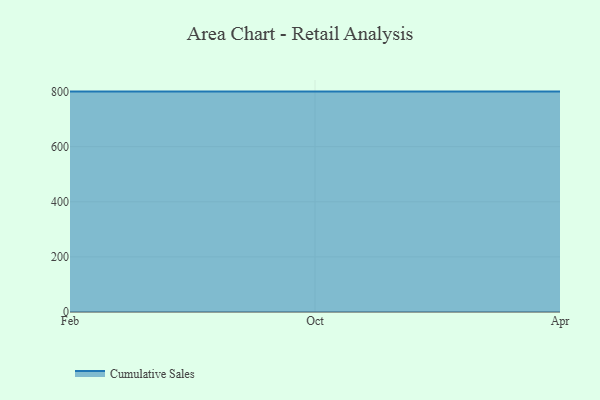
{"axis": {"x": "Month", "y": "Net Income (USD K)"}, "legend": ["Cumulative Sales"], "data": [{"x": "Feb", "y": 800, "type": "Cumulative Sales"}, {"x": "Oct", "y": 800, "type": "Cumulative Sales"}, {"x": "Apr", "y": 800, "type": "Cumulative Sales"}]}